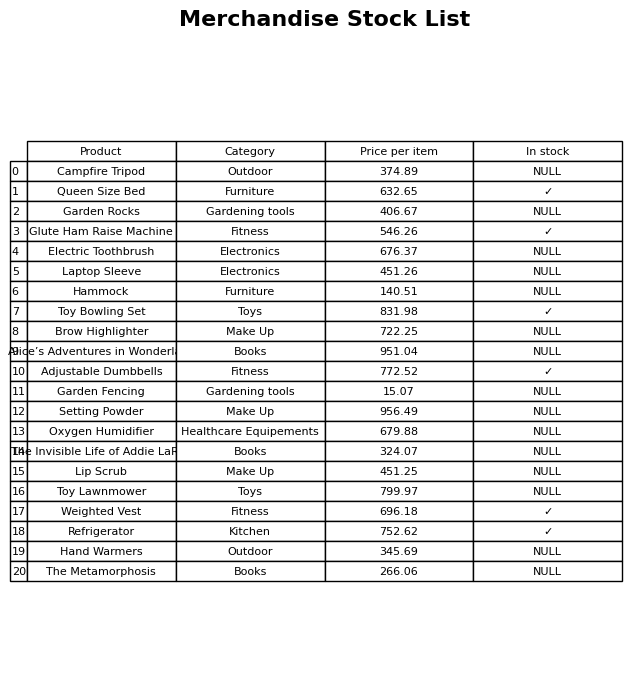
question: Which products are available in stock?
answer: Queen Size Bed, Glute Ham Raise Machine, Toy Bowling Set, Adjustable Dumbbells, Weighted Vest, Refrigerator